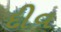
દીવ